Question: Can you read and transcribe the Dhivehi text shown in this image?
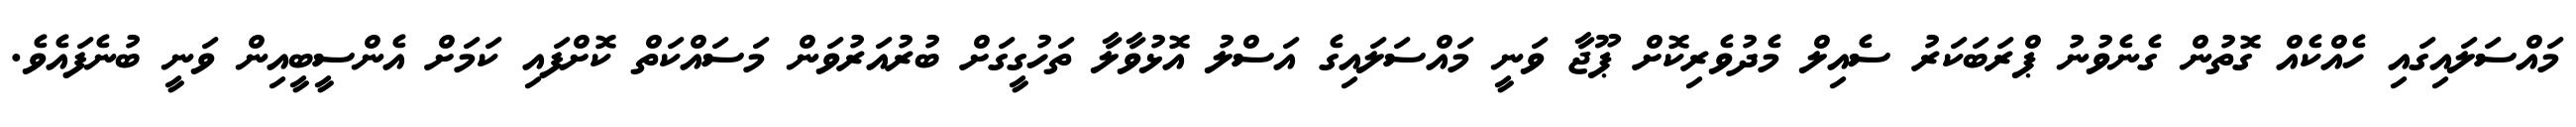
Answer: މައްސަލައިގައި ހެއްކެއް ގޮތުން ގެނެވުނު ޕްރަބަކަރު ސެއިލް މެދުވެރިކޮށް ޕޫޖާ ވަނީ މައްސަލައިގެ އަސްލު އޮޅުވާލާ ތަހުގީގަށް ބުރުއަރުވަން މަސައްކަތް ކޮށްފައި ކަމަށް އެންސީބީއިން ވަނީ ބުނެފައެވެ.